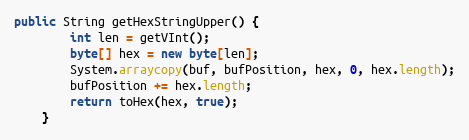
Language: Java
public String getHexStringUpper() {
		int len = getVInt();
		byte[] hex = new byte[len];
		System.arraycopy(buf, bufPosition, hex, 0, hex.length);
		bufPosition += hex.length;
		return toHex(hex, true);
	}